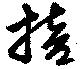
掊